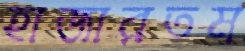
হাজারতম